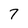
Character: 7